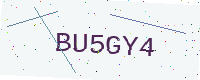
Text: BU5GY4